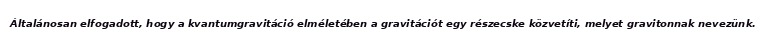
Általánosan elfogadott, hogy a kvantumgravitáció elméletében a gravitációt egy részecske közvetíti, melyet gravitonnak nevezünk.